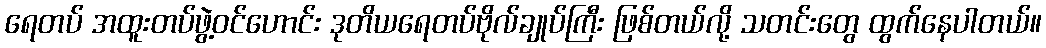
ရေတပ် အထူးတပ်ဖွဲ့ဝင်ဟောင်း ဒုတိယရေတပ်ဗိုလ်ချုပ်ကြီး ဖြစ်တယ်လို့ သတင်းတွေ ထွက်နေပါတယ်။